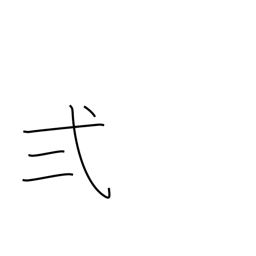
Meaning: two